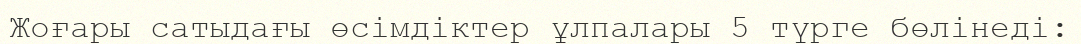
Жоғары сатыдағы өсімдіктер ұлпалары 5 түрге бөлінеді: